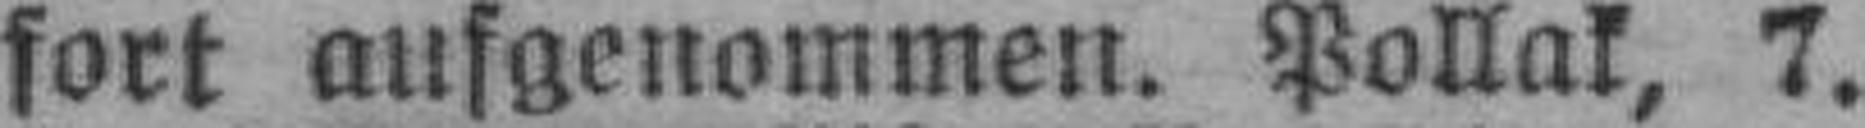
fort aufgenommen. Pollak, 7.